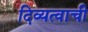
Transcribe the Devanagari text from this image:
दिव्यत्वाची